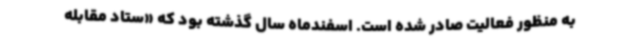
به منظور فعالیت صادر شده است. اسفندماه سال گذشته بود که «ستاد مقابله